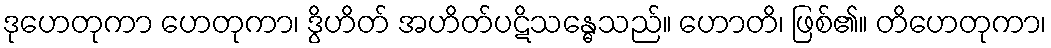
ဒုဟေတုကာ ဟေတုကာ၊ ဒွိဟိတ် အဟိတ်ပဋိသန္ဓေသည်။ ဟောတိ၊ ဖြစ်၏။ တိဟေတုကာ၊